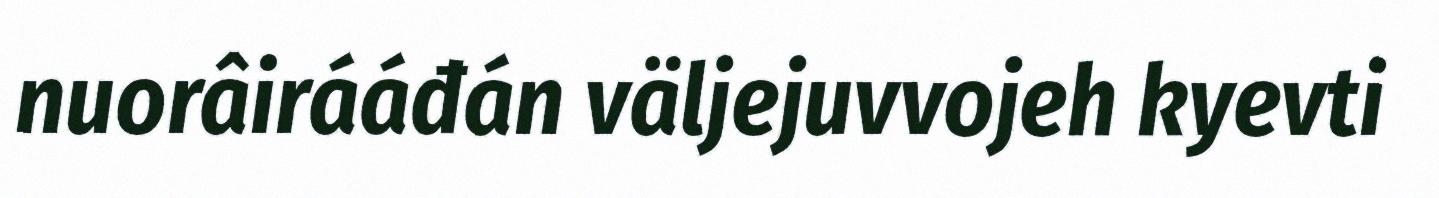
nuorâirááđán väljejuvvojeh kyevti